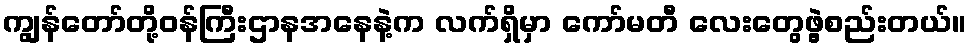
ကျွန်တော်တို့ဝန်ကြီးဌာနအနေနဲ့က လက်ရှိမှာ ကော်မတီ လေးတွေဖွဲ့စည်းတယ်။